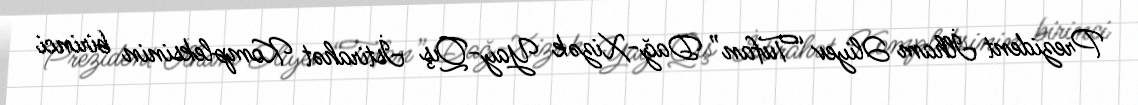
Prezident İlham Əliyev “Tufan” Dağ-Xizək Yay-Qış İstirahət Kompleksinin birinci